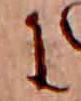
に